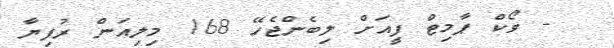
- ވޯކް ޕާމިޓް ފީއަށް ލިބެންޖެހޭ 168 މިލިއަން ރުފިޔާ